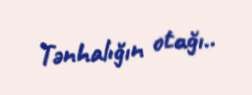
Tənhalığın otağı..